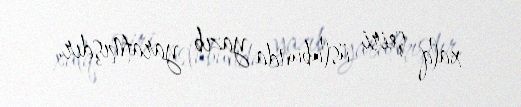
xalq şeiri üslubunda yazıb yaratmışdır.